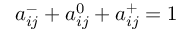
a _ { i j } ^ { - } + a _ { i j } ^ { 0 } + a _ { i j } ^ { + } = 1